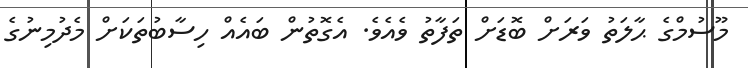
މޫސުމްގެ ޙާލަތު ވަރަށް ބޮޑަށް ތަފާތު ވެއެވެ. އެގޮތުން ބައެއް ހިސާބުތަކަށް މެދުމިނުގެ